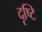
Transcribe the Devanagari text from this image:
दृष्‍टि